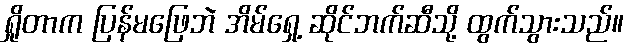
ရှိုတာက ပြန်မဖြေဘဲ အိမ်ရှေ့ ဆိုင်ဘက်ဆီသို့ ထွက်သွားသည်။